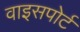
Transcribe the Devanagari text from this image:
वाइसपोर्ट